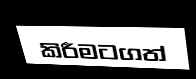
කිරීමටගත්